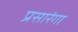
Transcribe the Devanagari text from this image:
प्रसारंगा